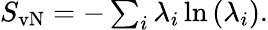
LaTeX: \begin{array}{r}{S_{\mathrm{vN}}=-\sum_{i}\lambda_{i}\ln\left(\lambda_{i}\right).}\end{array}